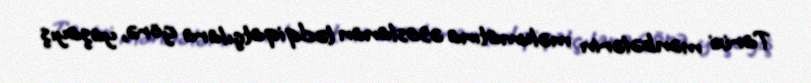
Tarixi mənbələrin məlumatına əsaslanan tədqiqatçılara görə, yaşayış